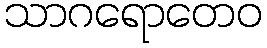
သာဂရောတေဝ